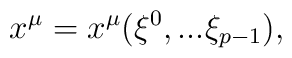
x^{\mu} = x^{\mu} ( \xi^{0}, ... \xi_{p-1} ),